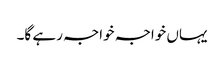
یہاں خواجہ خواجہ رہے گا۔